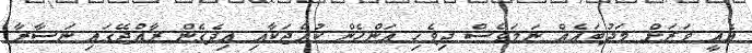
އެއީ ވަރަށް މަދުބައެއް ނަމަވެސް ދިވެހި އަންހެން ކުއްޖަކާއި އިދެގެން ރާއްޖޭގައި ނަސާރާ